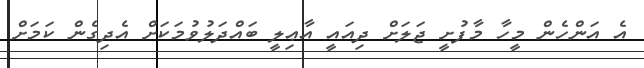
އެ އަންހެން މީހާ މާފުށީ ޖަލަށް ދިއައީ އާޢިލީ ބައްދަލުވުމަކަށް އެދިގެން ކަމަށް